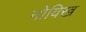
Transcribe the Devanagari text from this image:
नोविख